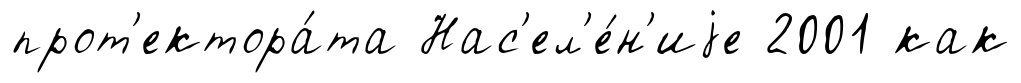
прот'ектора́та Нас'ел'е́н'иjе 2001 как